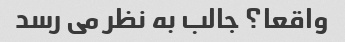
واقعا؟ جالب به نظر می رسد